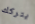
يتركك